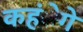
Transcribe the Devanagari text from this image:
कहंेगे